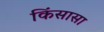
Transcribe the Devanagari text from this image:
किंसासा